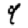
Digit: 9